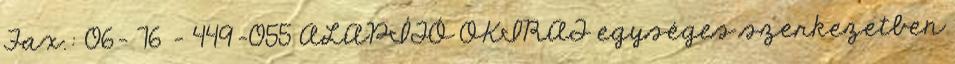
Fax.: 06- 76 - 449-055 ALAPÍTÓ OKIRAT egységes szerkezetben